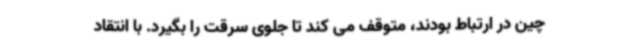
چین در ارتباط بودند، متوقف می کند تا جلوی سرقت را بگیرد. با انتقاد